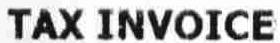
TAX INVOICE